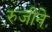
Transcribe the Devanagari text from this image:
रुजीने